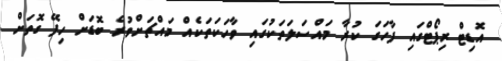
އޮޑިޓް ރިޕޯޓްގައި ފާހަގަ ކުރާ މައްސަލަތަކުގައި ވާހަކަތަކެއް މައްޗަށްވުރެ ބޮޑަށް ހިފޭ ގޮތަށް